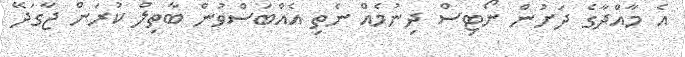
އެ މާއްދާގެ ދަށުން ނޯޓިސް ދިނުމެއް ނެތި އެއްބަސްވުން ބާތިލް ކުރަން ޖާގަދޭ